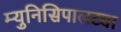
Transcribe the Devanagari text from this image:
म्युनिसिपालट्या